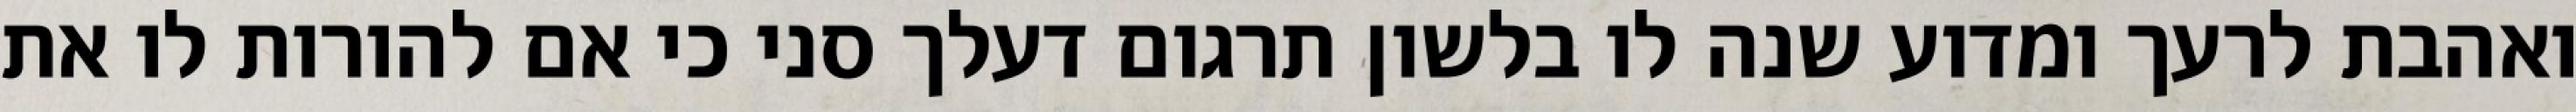
ואהבת לרעך ומדוע שנה לו בלשון תרגום דעלך סני כי אם להורות לו את